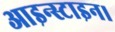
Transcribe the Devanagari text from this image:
आइन्स्टाइन।